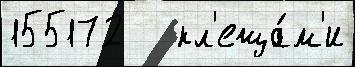
155172   кл'еща́м'и